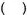
()